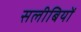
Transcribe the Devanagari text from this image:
सलीबियों